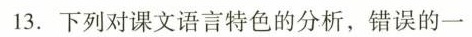
13.下列对课文语言特色的分析，错误的一